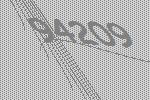
94209